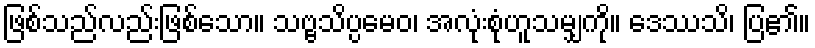
ဖြစ်သည်လည်းဖြစ်သော။ သဗ္ဗသိပ္ပမေဝ၊ အလုံးစုံဟူသမျှကို။ ဒေဿသိ၊ ပြ၏။